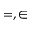
= , \in